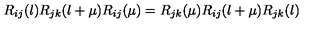
R _ { i j } ( \l ) R _ { j k } ( \l + \mu ) R _ { i j } ( \mu ) = R _ { j k } ( \mu ) R _ { i j } ( \l + \mu ) R _ { j k } ( \l )